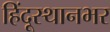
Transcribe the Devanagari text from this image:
हिंदूस्थानभर